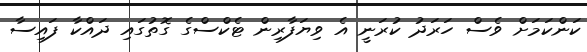
ކަންކަމަށް ވެސް ހަރަދު ކުރަނީ އެ ވިޔަފާރިން ޓެކްސްގެ ގޮތުގައި ދައްކާ ފައިސާ